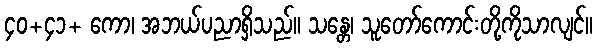
၄၀+၄၁+ ကော၊ အဘယ်ပညာရှိသည်။ သန္တေ၊ သူတော်ကောင်းတို့ကိုသာလျင်။